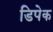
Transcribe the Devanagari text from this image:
डिपेक